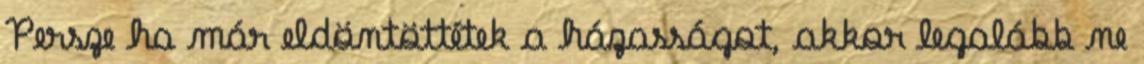
Persze ha már eldöntöttétek a házasságot, akkor legalább ne